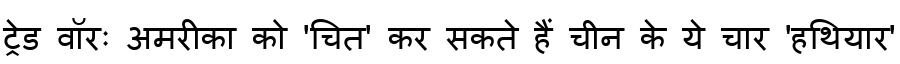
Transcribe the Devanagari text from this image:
ट्रेड वॉरः अमरीका को 'चित' कर सकते हैं चीन के ये चार 'हथियार'